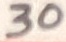
Text: 30